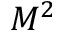
M ^ { 2 }